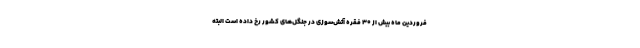
فروردین ماه بیش از ۳۰ فقره آتش‌سوزی در جنگل‌های کشور رخ داده است البته